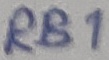
Text: RB1